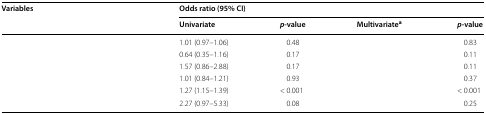
<table><thead><tr><td rowspan="2"><b>Variables</b></td><td colspan="4"><b>Odds ratio (95% CI)</b></td></tr><tr><td><b>Univariate</b></td><td><b><i>p</i>-value</b></td><td><b>Multivariate<sup>a</sup></b></td><td><b><i>p</i>-value</b></td></tr></thead><tbody><tr><td>[EMPTY_CELL]</td><td>1.01 (0.97–1.06)</td><td>0.48</td><td>[EMPTY_CELL]</td><td>0.83</td></tr><tr><td>[EMPTY_CELL]</td><td>0.64 (0.35–1.16)</td><td>0.17</td><td>[EMPTY_CELL]</td><td>0.11</td></tr><tr><td>[EMPTY_CELL]</td><td>1.57 (0.86–2.88)</td><td>0.17</td><td>[EMPTY_CELL]</td><td>0.11</td></tr><tr><td>[EMPTY_CELL]</td><td>1.01 (0.84–1.21)</td><td>0.93</td><td>[EMPTY_CELL]</td><td>0.37</td></tr><tr><td>[EMPTY_CELL]</td><td>1.27 (1.15–1.39)</td><td>&lt; 0.001</td><td>[EMPTY_CELL]</td><td>&lt; 0.001</td></tr><tr><td>[EMPTY_CELL]</td><td>2.27 (0.97–5.33)</td><td>0.08</td><td>[EMPTY_CELL]</td><td>0.25</td></tr></tbody></table>